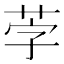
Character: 茡